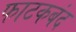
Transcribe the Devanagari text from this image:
फाटकबंद